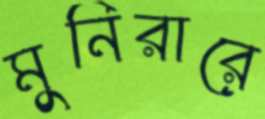
মুনিরারে